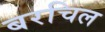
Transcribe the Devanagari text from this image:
बरचिल